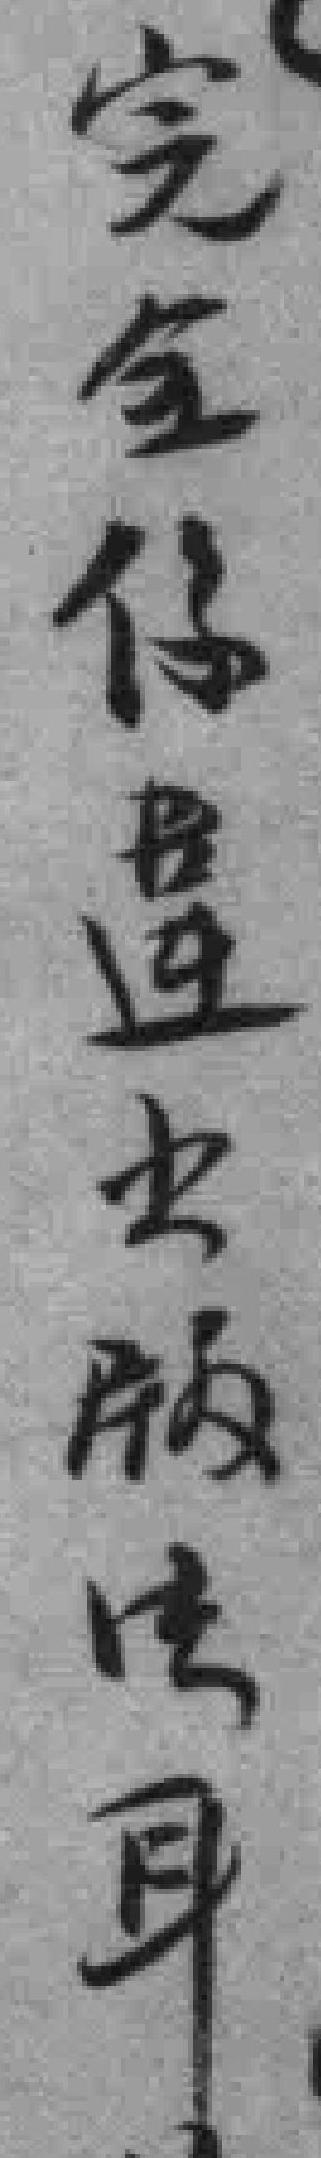
完全係違出版法耳